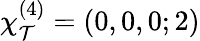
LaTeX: \chi_{\mathcal{T}}^{(4)}=(0,0,0;2)